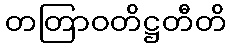
တတြာဝတိဋ္ဌတီတိ